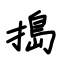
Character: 搗